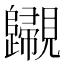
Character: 𧢫